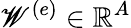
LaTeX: \mathscr{W}^{(e)}\in\mathbb{{R}}^{A}